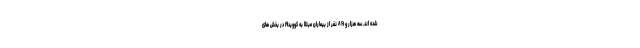
شده اند. سه هزار و ۸۶۱ نفر از بیماران مبتلا به کووید۱۹ در بخش های